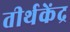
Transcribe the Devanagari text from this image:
तीर्थकेंद्र